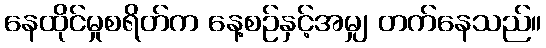
နေထိုင်မှုစရိတ်က နေ့စဉ်နှင့်အမျှ တက်နေသည်။